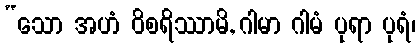
“သော အဟံ ဝိစရိဿာမိ, ဂါမာ ဂါမံ ပုရာ ပုရံ၊